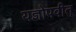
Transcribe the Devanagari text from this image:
यज्ञोपवीत्